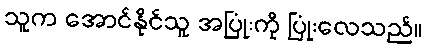
သူက အောင်နိုင်သူ အပြုံးကို ပြုံးလေသည်။